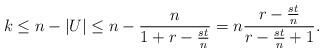
LaTeX: \begin{align*} k\le n-|U|\le n-\frac{n}{1+r-\frac{st}{n}}=n\frac{r-\frac{st}n}{r-\frac{st}n+1}. \end{align*}